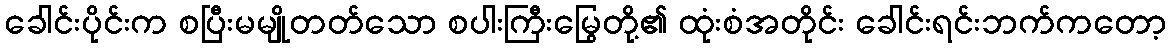
ခေါင်းပိုင်းက စပြီးမမျိုတတ်သော စပါးကြီးမြွေတို့၏ ထုံးစံအတိုင်း ခေါင်းရင်းဘက်ကတော့